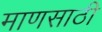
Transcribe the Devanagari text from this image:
माणसाठी